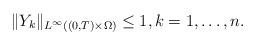
LaTeX: \begin{align*}\|Y_k\|_{L^\infty((0,T)\times\Omega)}\leq 1,k=1,\ldots,n.\end{align*}